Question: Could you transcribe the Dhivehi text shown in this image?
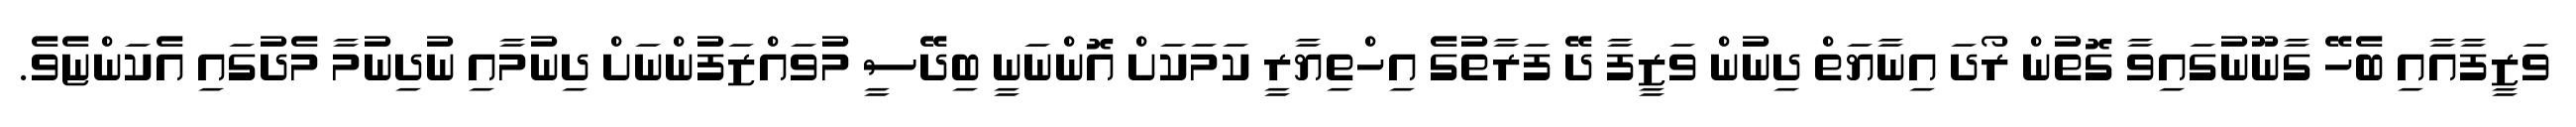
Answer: ވަޒީފާއާއި ބެހޭ ގާނޫނުގައިވާ ގޮތުން ރޯދަ އިނާޔަތް ދިނުން ވަޒީފާ ދޭ ފަރާތުގެ އިހްތިޔާރީ ކަމަކަށް އޮންނަނީ ބިދޭސީ މުވައްޒަފުންނަށް ދިނުމާއި ނުދިނުމާ މެދުގައި އެކަންޏެވެ.